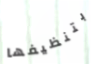
بتنظيفها